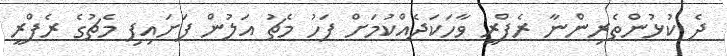
ދެ ކުޅުންތެރިންނާ ރެފްރީ ވާހަކަދެއްކުމަށް ފަހު މެޗު އަލުން ފަށައިފި މެޗުގެ ރެފްރީ